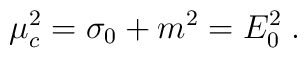
\mu_c^2=\sigma_0+m^2=E_0^2\;.